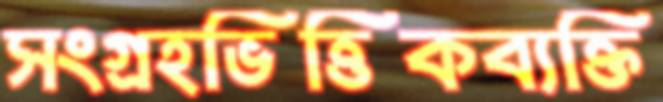
সংগ্রহভিত্তিকব্যক্তি